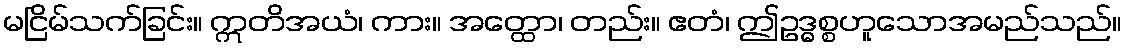
မငြိမ်သက်ခြင်း။ ဣတိအယံ၊ ကား။ အတ္ထော၊ တည်း။ ဧတံ၊ ဤဥဒ္ဓစ္စဟူသောအမည်သည်။